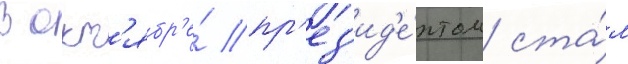
В окт'ябр'е́ пр'ез'ид'е́нтом ста́л